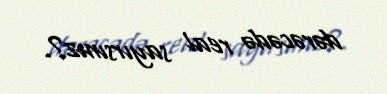
dərəcədə real sayırsınız?.